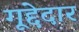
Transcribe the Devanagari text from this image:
गूद्देदार